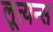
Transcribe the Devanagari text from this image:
लूत्यन्स